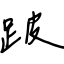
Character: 跛